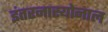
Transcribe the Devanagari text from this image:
इंतरनास्योनाल